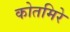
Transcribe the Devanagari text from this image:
कोतमिरे